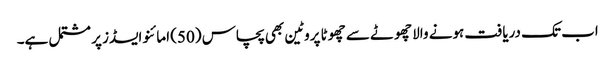
اب تک دریافت ہونے والا چھوٹے سے چھوٹا پروٹین بھی پچاس (50) امائنو ایسڈز پر مشتمل ہے۔